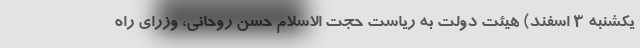
یکشنبه 3 اسفند) هیئت دولت به ریاست حجت الاسلام حسن روحانی، وزرای راه